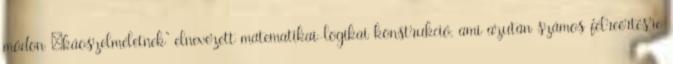
módon „káoszelméletnek” elnevezett matematikai-logikai konstrukció, ami azután számos félreértésre